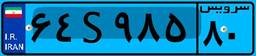
۸۸S۶۲۲۴۶